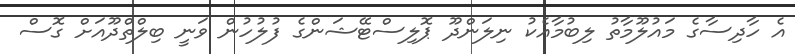
އެ ހާދިސާގެ މައުލޫމާތު ލިބުމާއެކު ނިލަންދޫ ޕޮލިސްޓޭޝަންގެ ފުލުހުން ވަނީ ބިލްތްދޫއަށް ގޮސް